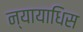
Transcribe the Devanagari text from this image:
न्यायाधिस